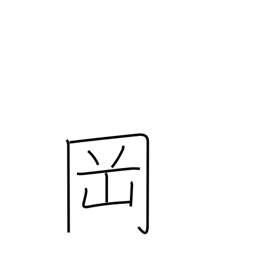
Meaning: knoll